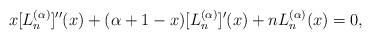
LaTeX: \begin{align*}x[L_n^{(\alpha)}]''(x)+(\alpha+1-x)[L_n^{(\alpha)}]'(x)+nL_n^{(\alpha)}(x)=0,\end{align*}